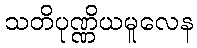
သတိပုဏ္ဏိယမူလေန